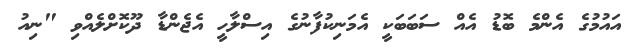
އައުމުގެ އެންމެ ބޮޑު އެއް ސަބަބަކީ އެމަނިކުފާނުގެ އިސްލާހީ އެޖެންޑާ ދޫކޮށްލެއްވި "ނިއު